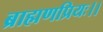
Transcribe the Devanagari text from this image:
ब्राह्मणप्रियः।।